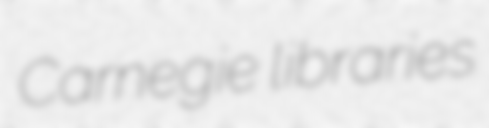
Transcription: Carnegie libraries